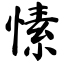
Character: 愫